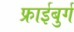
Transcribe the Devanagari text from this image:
फ्राईबुर्ग